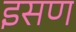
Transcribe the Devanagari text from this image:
इसण